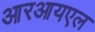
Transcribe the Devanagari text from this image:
आरआयएल